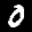
Label: 0